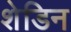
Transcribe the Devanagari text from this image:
शेडिन